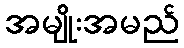
အမျိုးအမည်